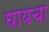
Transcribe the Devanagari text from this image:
घायचा